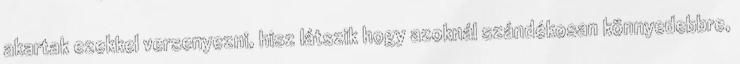
akartak ezekkel versenyezni, hisz látszik hogy azoknál szándékosan könnyedebbre,